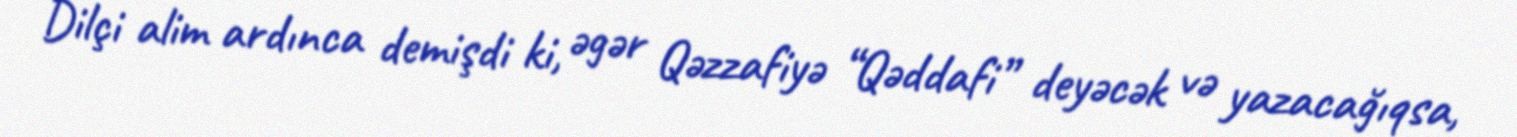
Dilçi alim ardınca demişdi ki, əgər Qəzzafiyə “Qəddafi” deyəcək və yazacağıqsa,